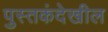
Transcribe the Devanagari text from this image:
पुस्तकंदेखील